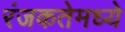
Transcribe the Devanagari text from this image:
रंजकतेमध्ये